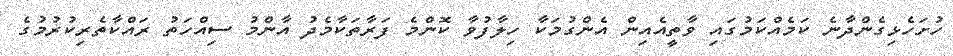
ހުށަހެޅިގެންދާނެ ކަމެއްކަމުގައި ވާތީއެއިން އެންގުމަކާ ހިލާފުވާ ކޮންމެ ފަރާތަކާމެދު އާންމު ސިއްހަތު ރައްކާތެރިކުރުމުގެ